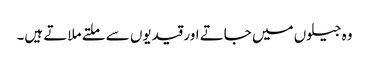
وہ جیلوں میں جاتے اور قیدیوں سے ملتے ملاتے ہیں۔